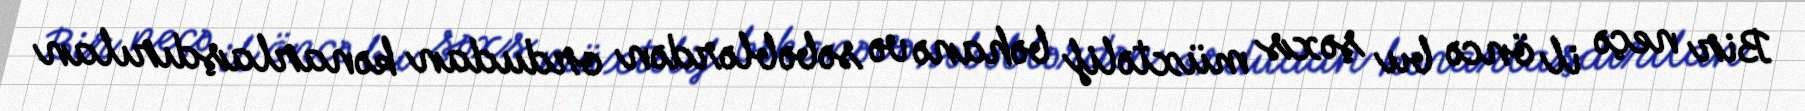
Bir neçə il öncə bu şəxs müxtəlif bəhanə və səbəblərdən ordudan kənarlaşdırılan